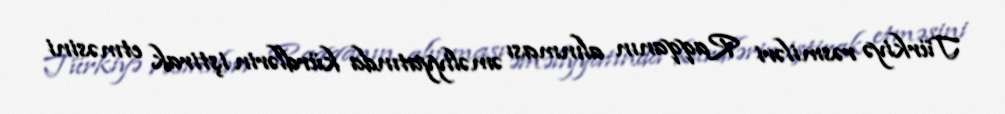
Türkiyə rəsmiləri Raqqanın alınması əməliyyatında kürdlərin iştirak etməsini